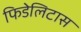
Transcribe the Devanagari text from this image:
फिडेलिटास